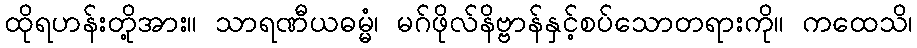
ထိုရဟန်းတို့အား။ သာရဏီယဓမ္မံ၊ မဂ်ဖိုလ်နိဗ္ဗာန်နှင့်စပ်သောတရားကို။ ကထေသိ၊